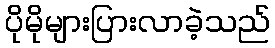
ပိုမိုများပြားလာခဲ့သည်